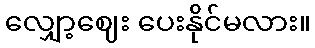
လျှော့ဈေး ပေးနိုင်မလား။